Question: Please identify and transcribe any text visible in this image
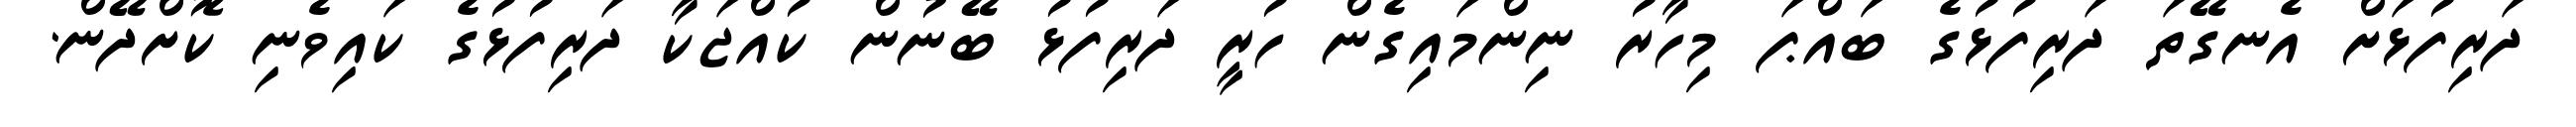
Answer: ދަރިފުޅަށް އެނގޭތަ ދަރިފުޅުގެ ބައްޕަ މިހާރު ނިންމައިގެން ހުރީ ދަރިފުޅު ބޭނުން ކުއްޖަކާ ދަރިފުޅުގެ ކައިވެނި ކޮށްދޭން.